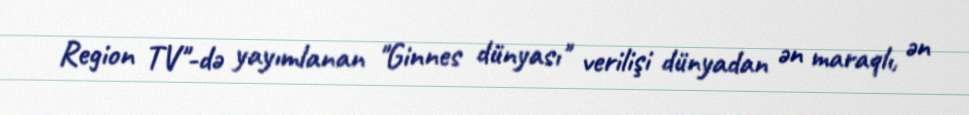
Region TV"-də yayımlanan "Ginnes dünyası" verilişi dünyadan ən maraqlı, ən